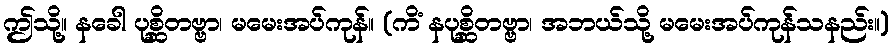
ဤသို့။ နခေါ ပုစ္ဆိတဗ္ဗာ၊ မမေးအပ်ကုန်။ (ကိံ နပုစ္ဆိတဗ္ဗာ၊ အဘယ်သို့ မမေးအပ်ကုန်သနည်း။)